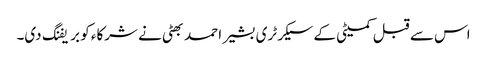
اس سے قبل کمیٹی کے سیکرٹری بشیر احمد بھٹی نے شرکاء کو بریفنگ دی۔